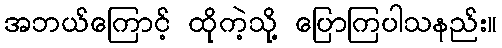
အဘယ်ကြောင့် ထိုကဲ့သို့ ပြောကြပါသနည်း။